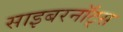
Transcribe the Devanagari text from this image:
साइबरनॉट्स